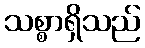
သစ္စာရှိသည်